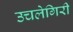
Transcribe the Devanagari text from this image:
उचलेगिरी